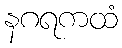
နဂရကထံ